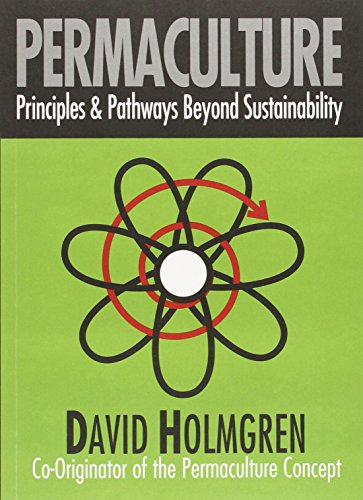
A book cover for Permaculture: Principles and Pathways beyond Sustainability; David Holmgren; Crafts, Hobbies & Home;